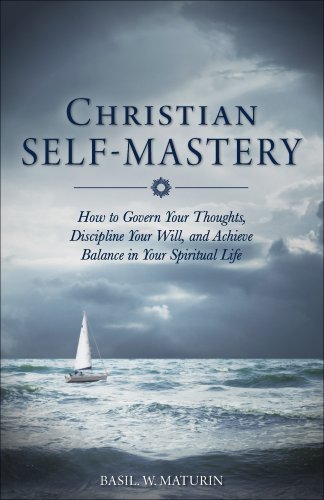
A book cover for Christian Self-Mastery: How to Govern Your Thoughts, Discipline Your Will, and Achieve Balance in Your Spiritual Life; B. W. Maturin; Christian Books & Bibles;